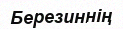
Березиннің